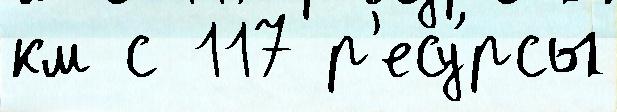
км с 117 р'есу́рсы